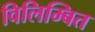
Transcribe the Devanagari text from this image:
विलिम्बित